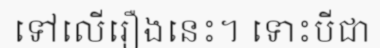
ទៅលើរឿងនេះ។ ទោះបីជា